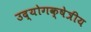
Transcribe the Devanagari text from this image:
उद्योगक्षेत्रीय